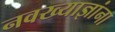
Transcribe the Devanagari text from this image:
नवख्याज्ञांना